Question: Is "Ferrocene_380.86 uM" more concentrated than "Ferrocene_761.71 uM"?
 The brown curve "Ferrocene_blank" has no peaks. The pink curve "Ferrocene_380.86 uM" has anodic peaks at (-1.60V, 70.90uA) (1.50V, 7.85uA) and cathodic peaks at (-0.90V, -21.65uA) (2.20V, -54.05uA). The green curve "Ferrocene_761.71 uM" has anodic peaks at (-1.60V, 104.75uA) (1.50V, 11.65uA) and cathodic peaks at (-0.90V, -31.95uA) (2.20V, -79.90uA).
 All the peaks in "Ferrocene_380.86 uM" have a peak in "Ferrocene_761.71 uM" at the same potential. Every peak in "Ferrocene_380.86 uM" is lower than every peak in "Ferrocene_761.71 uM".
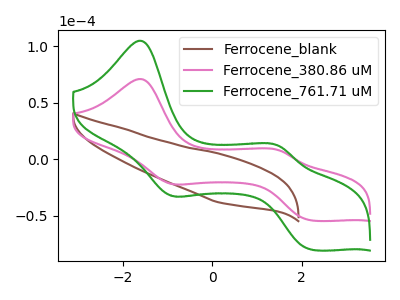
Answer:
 <answer>"Ferrocene_380.86 uM" has less signal than "Ferrocene_761.71 uM" and so likely has a lower concentration.</answer>
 <eval>less_concentration</eval>